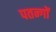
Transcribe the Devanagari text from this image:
पतन्‍गों